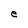
Character: e